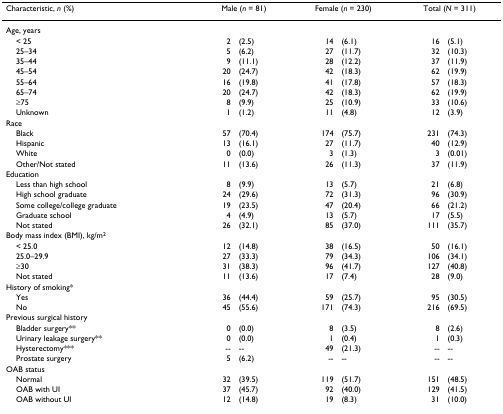
<table><thead><tr><td><b>Characteristic, <i>n </i>(%)</b></td><td colspan="2"><b>Male (<i>n </i>= 81)</b></td><td colspan="2"><b>Female (<i>n </i>= 230)</b></td><td colspan="2"><b>Total (<i>N </i>= 311)</b></td></tr></thead><tbody><tr><td>Age, years</td><td></td><td></td><td></td><td></td><td></td><td></td></tr><tr><td> &lt; 25</td><td>2</td><td>(2.5)</td><td>14</td><td>(6.1)</td><td>16</td><td>(5.1)</td></tr><tr><td> 25–34</td><td>5</td><td>(6.2)</td><td>27</td><td>(11.7)</td><td>32</td><td>(10.3)</td></tr><tr><td> 35–44</td><td>9</td><td>(11.1)</td><td>28</td><td>(12.2)</td><td>37</td><td>(11.9)</td></tr><tr><td> 45–54</td><td>20</td><td>(24.7)</td><td>42</td><td>(18.3)</td><td>62</td><td>(19.9)</td></tr><tr><td> 55–64</td><td>16</td><td>(19.8)</td><td>41</td><td>(17.8)</td><td>57</td><td>(18.3)</td></tr><tr><td> 65–74</td><td>20</td><td>(24.7)</td><td>42</td><td>(18.3)</td><td>62</td><td>(19.9)</td></tr><tr><td> ≥75</td><td>8</td><td>(9.9)</td><td>25</td><td>(10.9)</td><td>33</td><td>(10.6)</td></tr><tr><td> Unknown</td><td>1</td><td>(1.2)</td><td>11</td><td>(4.8)</td><td>12</td><td>(3.9)</td></tr><tr><td>Race</td><td></td><td></td><td></td><td></td><td></td><td></td></tr><tr><td> Black</td><td>57</td><td>(70.4)</td><td>174</td><td>(75.7)</td><td>231</td><td>(74.3)</td></tr><tr><td> Hispanic</td><td>13</td><td>(16.1)</td><td>27</td><td>(11.7)</td><td>40</td><td>(12.9)</td></tr><tr><td> White</td><td>0</td><td>(0.0)</td><td>3</td><td>(1.3)</td><td>3</td><td>(0.01)</td></tr><tr><td> Other/Not stated</td><td>11</td><td>(13.6)</td><td>26</td><td>(11.3)</td><td>37</td><td>(11.9)</td></tr><tr><td>Education</td><td></td><td></td><td></td><td></td><td></td><td></td></tr><tr><td> Less than high school</td><td>8</td><td>(9.9)</td><td>13</td><td>(5.7)</td><td>21</td><td>(6.8)</td></tr><tr><td> High school graduate</td><td>24</td><td>(29.6)</td><td>72</td><td>(31.3)</td><td>96</td><td>(30.9)</td></tr><tr><td> Some college/college graduate</td><td>19</td><td>(23.5)</td><td>47</td><td>(20.4)</td><td>66</td><td>(21.2)</td></tr><tr><td> Graduate school</td><td>4</td><td>(4.9)</td><td>13</td><td>(5.7)</td><td>17</td><td>(5.5)</td></tr><tr><td> Not stated</td><td>26</td><td>(32.1)</td><td>85</td><td>(37.0)</td><td>111</td><td>(35.7)</td></tr><tr><td>Body mass index (BMI), kg/m<sup>2</sup></td><td></td><td></td><td></td><td></td><td></td><td></td></tr><tr><td> &lt; 25.0</td><td>12</td><td>(14.8)</td><td>38</td><td>(16.5)</td><td>50</td><td>(16.1)</td></tr><tr><td> 25.0–29.9</td><td>27</td><td>(33.3)</td><td>79</td><td>(34.3)</td><td>106</td><td>(34.1)</td></tr><tr><td> ≥30</td><td>31</td><td>(38.3)</td><td>96</td><td>(41.7)</td><td>127</td><td>(40.8)</td></tr><tr><td> Not stated</td><td>11</td><td>(13.6)</td><td>17</td><td>(7.4)</td><td>28</td><td>(9.0)</td></tr><tr><td>History of smoking*</td><td></td><td></td><td></td><td></td><td></td><td></td></tr><tr><td> Yes</td><td>36</td><td>(44.4)</td><td>59</td><td>(25.7)</td><td>95</td><td>(30.5)</td></tr><tr><td> No</td><td>45</td><td>(55.6)</td><td>171</td><td>(74.3)</td><td>216</td><td>(69.5)</td></tr><tr><td>Previous surgical history</td><td></td><td></td><td></td><td></td><td></td><td></td></tr><tr><td> Bladder surgery**</td><td>0</td><td>(0.0)</td><td>8</td><td>(3.5)</td><td>8</td><td>(2.6)</td></tr><tr><td> Urinary leakage surgery**</td><td>0</td><td>(0.0)</td><td>1</td><td>(0.4)</td><td>1</td><td>(0.3)</td></tr><tr><td> Hysterectomy***</td><td>--</td><td>--</td><td>49</td><td>(21.3)</td><td>--</td><td>--</td></tr><tr><td> Prostate surgery</td><td>5</td><td>(6.2)</td><td>--</td><td>--</td><td>--</td><td>--</td></tr><tr><td>OAB status</td><td></td><td></td><td></td><td></td><td></td><td></td></tr><tr><td> Normal</td><td>32</td><td>(39.5)</td><td>119</td><td>(51.7)</td><td>151</td><td>(48.5)</td></tr><tr><td> OAB with UI</td><td>37</td><td>(45.7)</td><td>92</td><td>(40.0)</td><td>129</td><td>(41.5)</td></tr><tr><td> OAB without UI</td><td>12</td><td>(14.8)</td><td>19</td><td>(8.3)</td><td>31</td><td>(10.0)</td></tr></tbody></table>